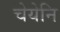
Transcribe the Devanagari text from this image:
चेयेनि